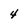
Character: 4